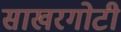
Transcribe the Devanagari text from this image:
साखरगोटी